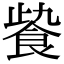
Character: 𩚻